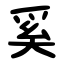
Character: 奚